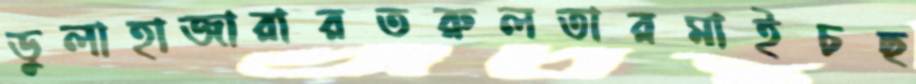
ডুলাহাজারারতরুলতারমাইচছ